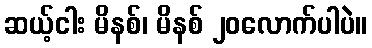
ဆယ့်ငါး မိနစ်၊ မိနစ် ၂၀လောက်ပါပဲ။